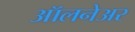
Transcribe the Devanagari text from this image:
ऑलनेअर